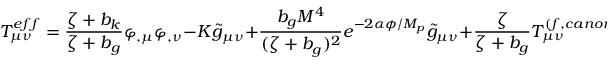
T _ { \mu \nu } ^ { e f f } = \frac { \zeta + b _ { k } } { \zeta + b _ { g } } \varphi _ { , \mu } \varphi _ { , \nu } - K \tilde { g } _ { \mu \nu } + \frac { b _ { g } M ^ { 4 } } { ( \zeta + b _ { g } ) ^ { 2 } } e ^ { - 2 \alpha \phi / M _ { p } } \tilde { g } _ { \mu \nu } + \frac { \zeta } { \zeta + b _ { g } } T _ { \mu \nu } ^ { ( f , c a n o n i c a l ) } - \frac { m F ( \zeta ) } { \sqrt { \zeta + b _ { g } } } \overline { { { \Psi } } } ^ { \prime } \Psi ^ { \prime } \tilde { g } _ { \mu \nu } ,